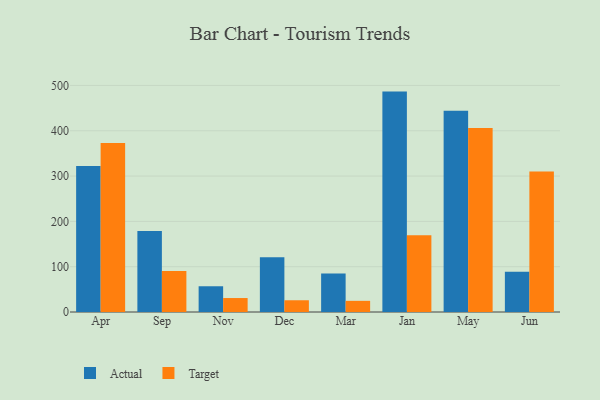
{"axis": {"x": "Month", "y": "Demand Index"}, "legend": ["Actual", "Target"], "data": [{"x": "Apr", "y": 322.2, "type": "Actual"}, {"x": "Apr", "y": 372.9, "type": "Target"}, {"x": "Sep", "y": 178.7, "type": "Actual"}, {"x": "Sep", "y": 90.7, "type": "Target"}, {"x": "Nov", "y": 56.8, "type": "Actual"}, {"x": "Nov", "y": 30.8, "type": "Target"}, {"x": "Dec", "y": 120.9, "type": "Actual"}, {"x": "Dec", "y": 25.9, "type": "Target"}, {"x": "Mar", "y": 84.9, "type": "Actual"}, {"x": "Mar", "y": 24.6, "type": "Target"}, {"x": "Jan", "y": 486.4, "type": "Actual"}, {"x": "Jan", "y": 169.5, "type": "Target"}, {"x": "May", "y": 444.3, "type": "Actual"}, {"x": "May", "y": 406.0, "type": "Target"}, {"x": "Jun", "y": 88.9, "type": "Actual"}, {"x": "Jun", "y": 310.3, "type": "Target"}]}